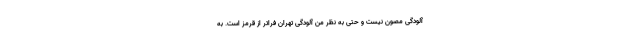
آلودگی مصون نیست و حتی به نظر من آلودگی تهران فراتر از قرمز است. به